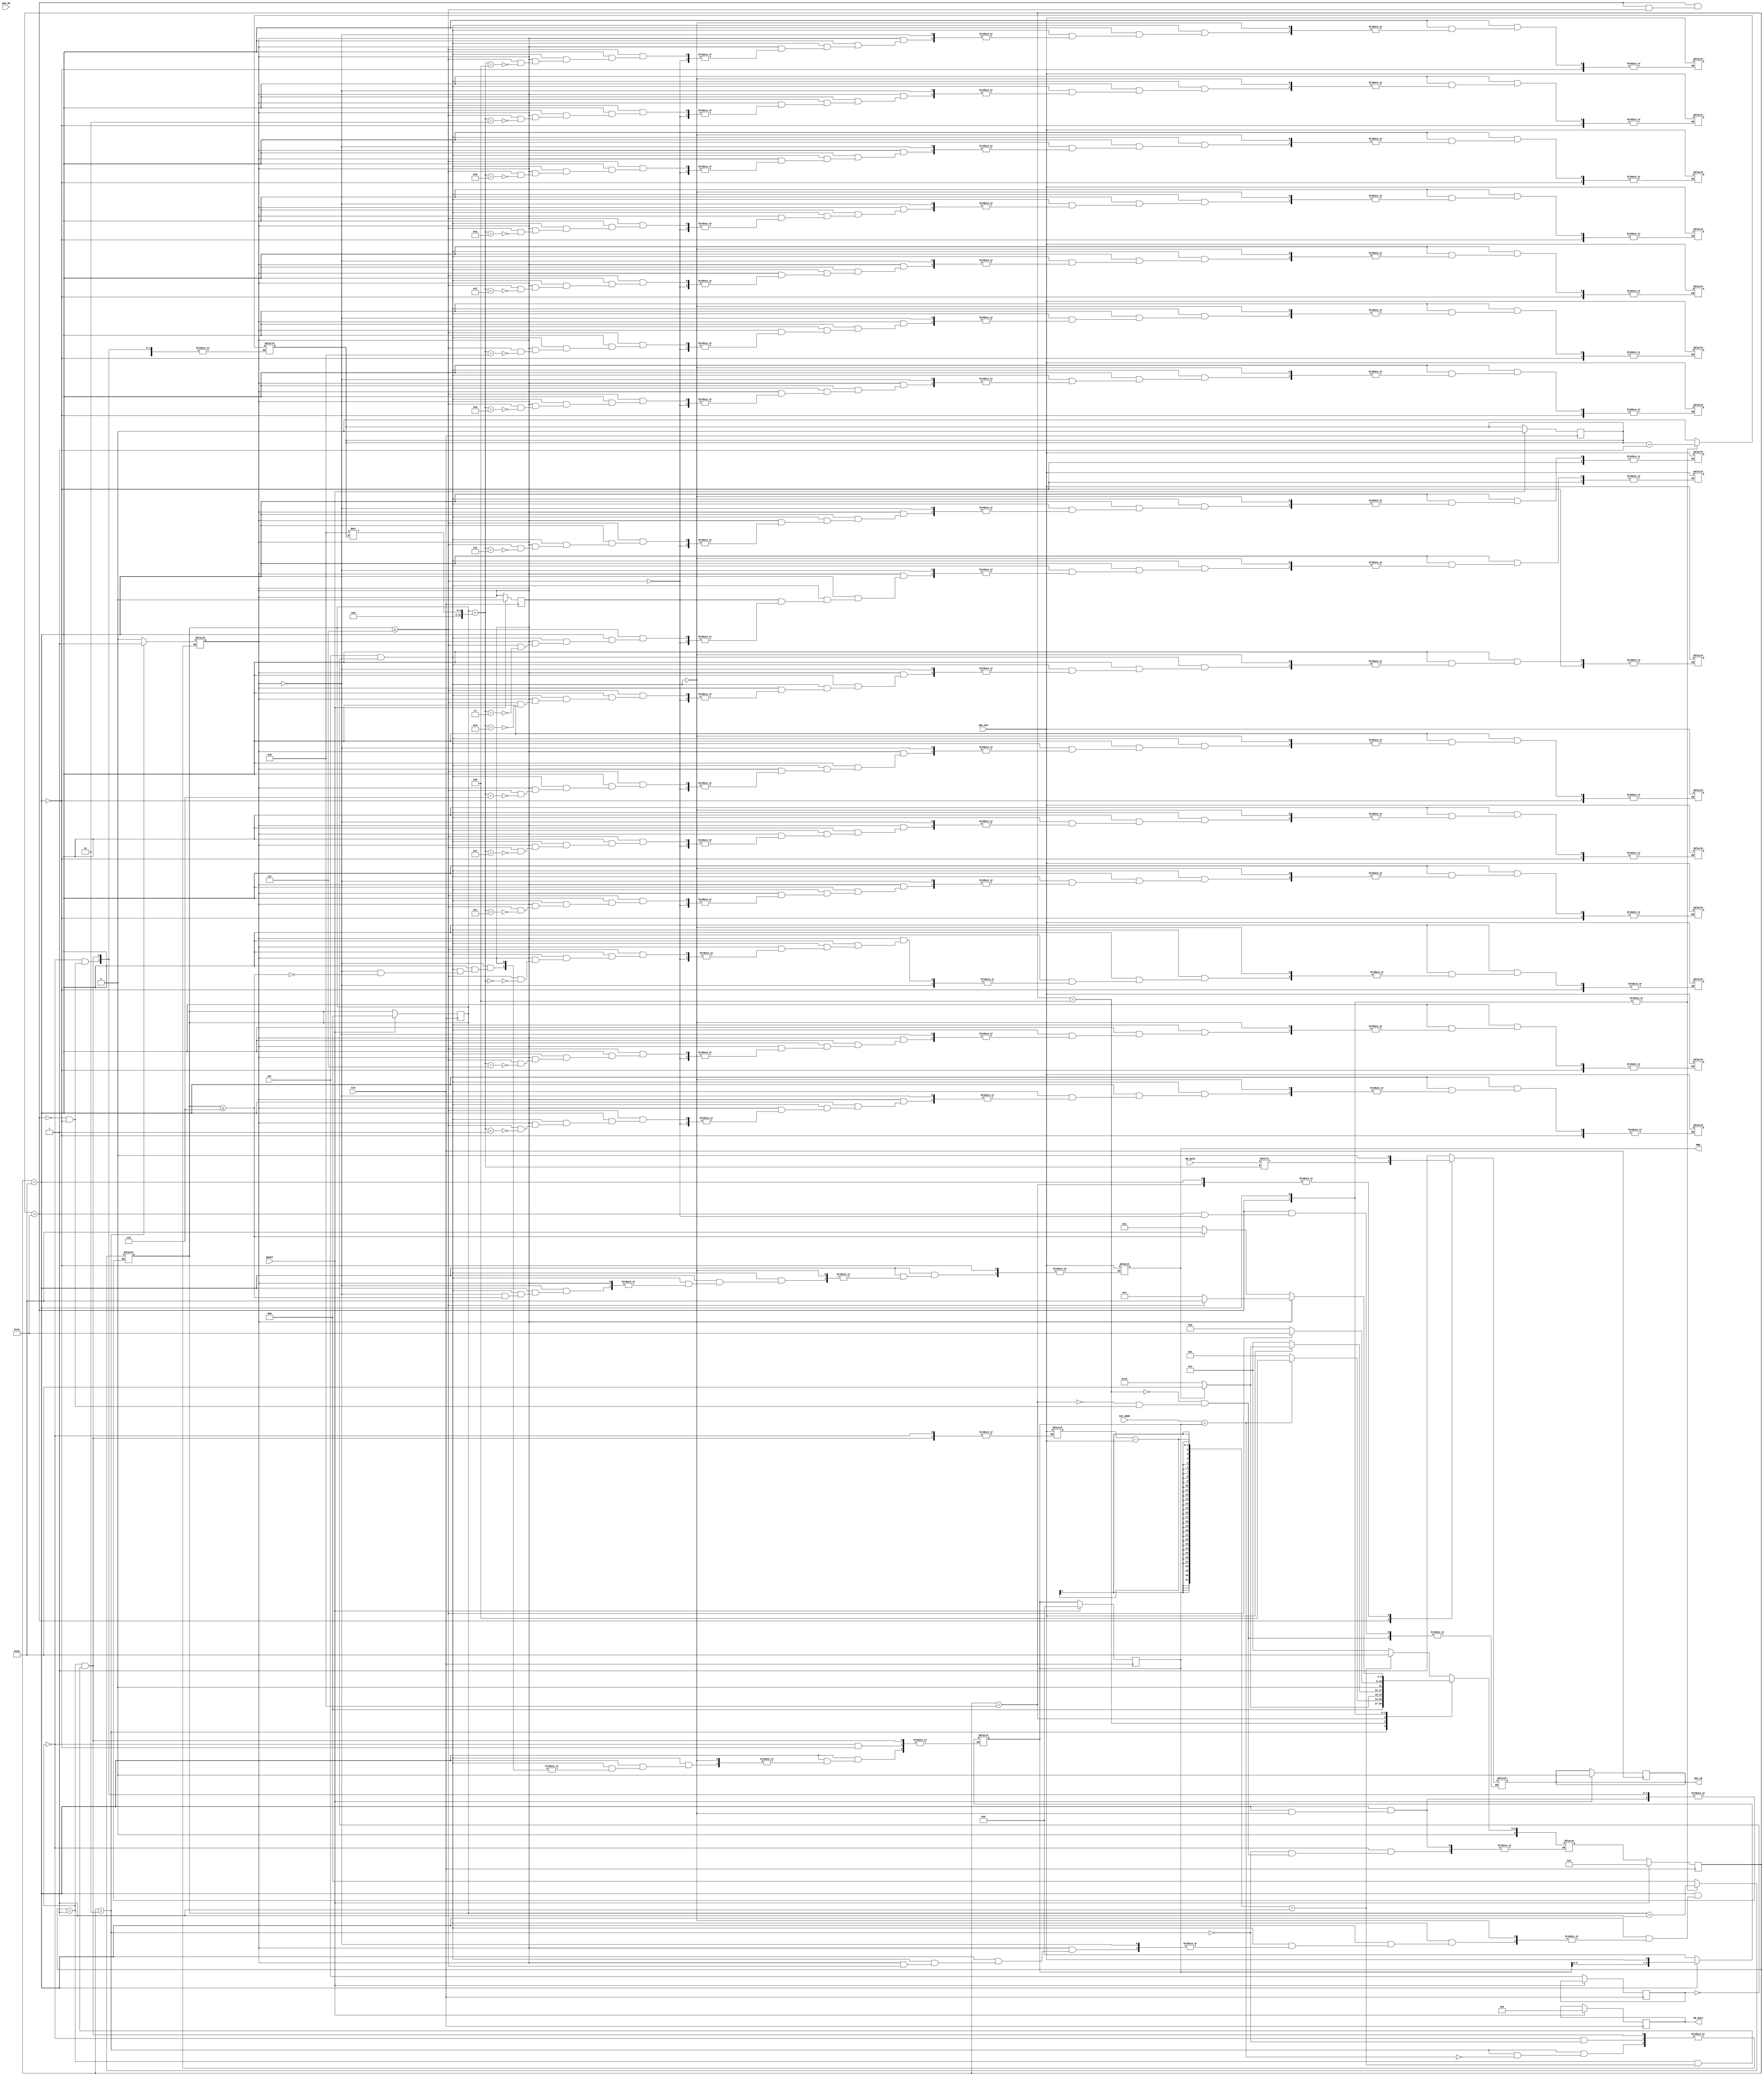
module i2c_receiver(CLK ,RESET, RNW,  I2C_ADDR, WR_DATA, SDA_IN, SCL, SDA_OUT, SDA_OE, RD_DATA); 

// Delcaration of inputs and outputs
input wire	CLK, RESET, SCL, SDA_OUT, SDA_OE;
input wire [6:0] I2C_ADDR;
input wire [15:0] RD_DATA;
output reg	SDA_IN, RNW;
output reg [15:0] WR_DATA;

// Internal variable declaration
//reg 		SCL_count;	// For generating the 25% frecuency of CLK
reg	 previous_SCL, previous_SDA, ACK, bytes_count;	// For any SDA_OUT signal, this reg will have the previous one
reg [6:0]	slave_addr;	
wire  posedge_SCL;
reg [2:0]	bits_count;	// Number of bits sent of 1 byte, from 0 to 7
reg [6:0]	sl_state;		// Current sl_state of the fsm
reg [6:0]	next_sl_state;	// Next sl_state of the fsm


reg [4:0]	out_index;	// Index for walking output_data
reg [15:0]	received_data;	// Data obtained from the slave device

// States of the fsm are declared next
localparam WAITING_START	=	6'b000001;	// Waiting for START signal over SDA_OUT
localparam VERIFYING_ADDR	=	6'b000010;	// Verifies the ADDR received over SDA_OUT
localparam SENDING_ACK		=	6'b000100;	// Sends an ACK signal over SDA_IN
localparam WAITING_ACK		=	6'b001000;	// Waits for the master to send an ACK signal
localparam SENDING_BYTE		=	6'b010000;	// Sends a byte over SDA_IN
localparam RECEIVING_BYTE	=	6'b100000;	// Receives a byte over SDA_OUT

always @ (posedge CLK) begin
	if (RESET) begin
		bytes_count	=	0;
		bits_count	=	0;
		ACK	=	0;
		slave_addr	=	0;
		SDA_IN		=	0;
		WR_DATA		=	0;
		sl_state		=	WAITING_START;
	end else begin
		sl_state	<=	next_sl_state;
		previous_SCL	<=	SCL;
	end

end

always @ (*) begin

	case (sl_state)
		WAITING_START: begin
			if ((previous_SDA - SDA_OUT) == 1) begin

#8				next_sl_state	=	RECEIVING_BYTE;
			end else begin
				bytes_count	=	0;
				bits_count	=	0;
				ACK	=	0;
				slave_addr	=	0;
				next_sl_state	=	WAITING_START;
				previous_SDA	=	SDA_OUT;
			end
		end
		VERIFYING_ADDR: begin
			if (I2C_ADDR == slave_addr) begin
				ACK	=	1;	// Flag set for receiving sl_state
				next_sl_state	=	SENDING_ACK;
			end else begin
				next_sl_state = WAITING_START;			
			end
		end
		SENDING_ACK: begin
			SDA_IN 	=	1;
			if (RNW) begin
				next_sl_state	=	RECEIVING_BYTE;
			end else begin
				next_sl_state	=	SENDING_BYTE;
			end
		end
		WAITING_ACK: begin
			SDA_IN	=	0;
			if (SDA_OUT) begin
				if (RNW) begin
					next_sl_state	=	RECEIVING_BYTE;
				end else begin
					next_sl_state	=	SENDING_BYTE;
				end
			end else begin
				next_sl_state	=	WAITING_START;
			end
		end
		SENDING_BYTE: begin
			if (bits_count <= 7) begin
				// The cycle is analogous to the receiving one
				SDA_IN	=	RD_DATA[bits_count+8*bytes_count];
				next_sl_state	=	SENDING_BYTE;
			end else begin
				bytes_count	=	bytes_count + 1;
				next_sl_state	=	WAITING_ACK;
			end
			bits_count	=	bits_count + 1;		
		end
		RECEIVING_BYTE: begin
			SDA_IN	=	0;

			if (posedge_SCL) begin

				if (!ACK) begin
					// First of all the address and rnw is received
					if (bits_count <= 6) begin	// Tis gets bits from 0 to 6
						slave_addr	=	{slave_addr, SDA_OUT};	// Input address bit is concatenated
						next_sl_state	=	RECEIVING_BYTE;
					end else begin
						RNW		=	SDA_OUT;		
						next_sl_state	=	VERIFYING_ADDR;
					end
				end else begin
					if (bits_count <= 7) begin
						WR_DATA[bits_count+8*bytes_count]	=	SDA_OUT;
						next_sl_state	=	RECEIVING_BYTE;
					end else begin
						bytes_count	=	bytes_count + 1;
						next_sl_state	=	SENDING_ACK;
                    end
				end
				bits_count	=	bits_count + 1;		// Keeps the bit counter going
			end
		end
	endcase
end

assign  posedge_SCL     =       SCL && ~previous_SCL;

endmodule